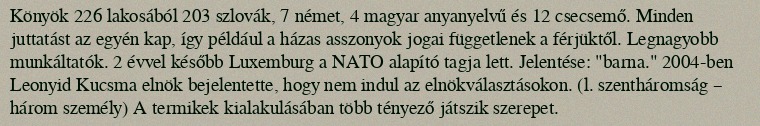
Könyök 226 lakosából 203 szlovák, 7 német, 4 magyar anyanyelvű és 12 csecsemő. Minden juttatást az egyén kap, így például a házas asszonyok jogai függetlenek a férjüktől. Legnagyobb munkáltatók. 2 évvel később Luxemburg a NATO alapító tagja lett. Jelentése: "barna." 2004-ben Leonyid Kucsma elnök bejelentette, hogy nem indul az elnökválasztásokon. (l. szentháromság – három személy) A termikek kialakulásában több tényező játszik szerepet.